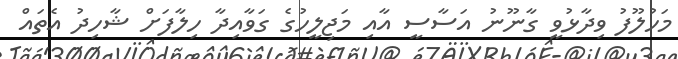
މަހުލޫފު ވިދާޅުވީ ގާނޫނު އަސާސީ އާއި މަޖިލީހުގެ ގަވާއިދާ ހިލާފަށް ޝާހިދު އެތައް